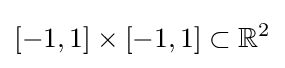
[-1,1]\times [-1,1]\subset \mathbb {R} ^{2}